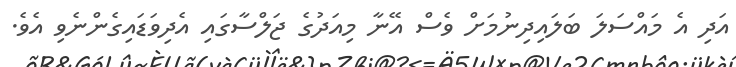
އަދި އެ މައްސަލަ ބަލައިދިނުމަށް ވެސް އޭނާ މިއަދުގެ ޖަލްސާގައި އެދިވަޑައިގެންނެވި އެވެ.